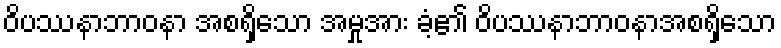
ဝိပဿနာဘာဝနာ အစရှိသော အမှုအား ခံ့၏ ဝိပဿနာဘာဝနာအစရှိသော